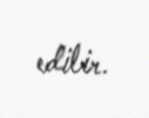
edilir.